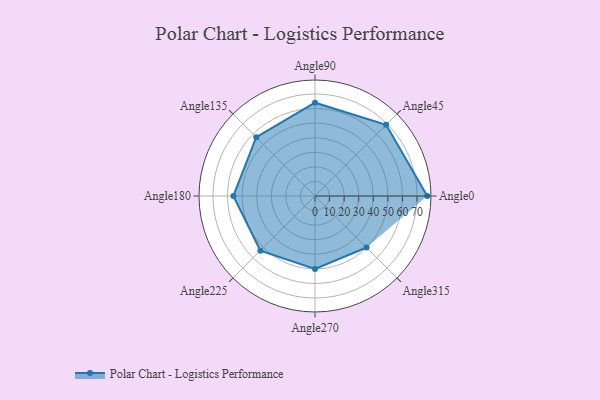
{"axis": {"x": "Angle", "y": "Radius"}, "legend": [""], "data": [{"x": "Angle0", "y": 77.0, "type": ""}, {"x": "Angle45", "y": 69.0, "type": ""}, {"x": "Angle90", "y": 64.0, "type": ""}, {"x": "Angle135", "y": 57.0, "type": ""}, {"x": "Angle180", "y": 56.0, "type": ""}, {"x": "Angle225", "y": 53.0, "type": ""}, {"x": "Angle270", "y": 50, "type": ""}, {"x": "Angle315", "y": 50, "type": ""}]}